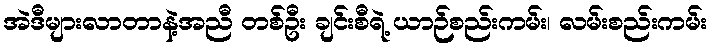
အဲဒီများလာတာနဲ့အညီ တစ်ဦး ချင်းစီရဲ့ ယာဉ်စည်းကမ်း၊ လမ်းစည်းကမ်း